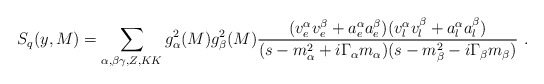
\begin{align*}S_q (y, M)= \sum_{\alpha ,\beta\gamma, Z, KK}g^2_{\alpha}(M) g^2_{\beta}(M) {(v^{\alpha}_e v^{\beta}_e+a^{\alpha}_e a^{\beta}_e)(v^{\alpha}_l v^{\beta}_l + a^{\alpha}_la^{\beta}_l) \over (s -m^2_{\alpha} + i\Gamma{_\alpha}m_{\alpha})(s-m^2_{\beta} - i\Gamma_{\beta} m_{\beta})} \ .\end{align*}